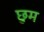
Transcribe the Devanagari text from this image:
छुम